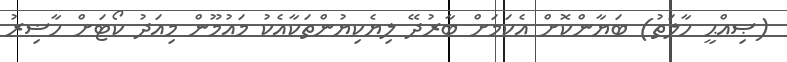
(ޞިއްޙީ ހާލަތު) ބަޔާންކޮށް އެކަމަށް ބާރުދޭ ލިޔެކިޔުންތަކާއެކު މައުމޫން މިއަދު ކޯޓަށް ހާޟިރު